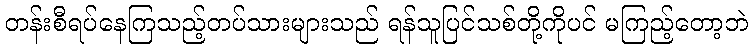
တန်းစီရပ်နေကြသည့်တပ်သားများသည် ရန်သူပြင်သစ်တို့ကိုပင် မကြည့်တော့ဘဲ